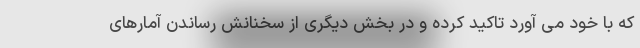
که با خود می آورد تاکید کرده و در بخش دیگری از سخنانش رساندن آمارهای